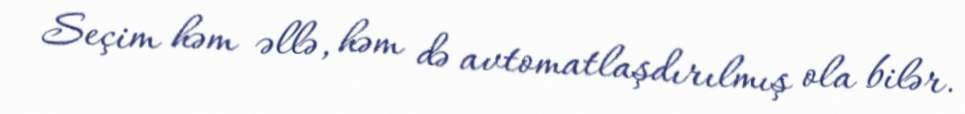
Seçim həm əllə, həm də avtomatlaşdırılmış ola bilər.